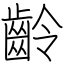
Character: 齡